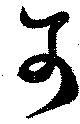
可